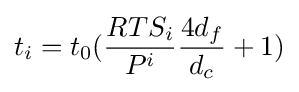
t_{i}=t_{0}({\frac {RTS_{i}}{P^{i}}}{\frac {4d_{f}}{d_{c}}}+1)